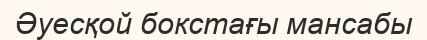
Әуесқой бокстағы мансабы